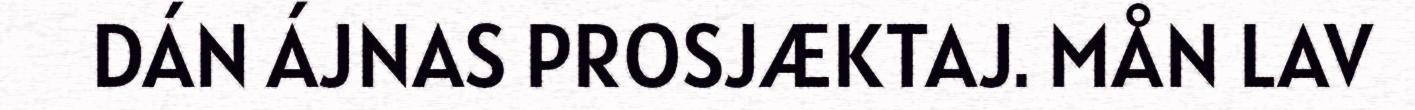
DÁN ÁJNAS PROSJÆKTAJ. MÅN LAV